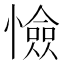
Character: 憸